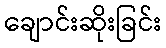
ချောင်းဆိုးခြင်း